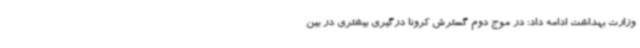
وزارت بهداشت ادامه داد: در موج دوم گسترش کرونا درگیری بیشتری در بین